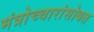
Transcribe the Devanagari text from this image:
मंत्रोच्चारांसोबत